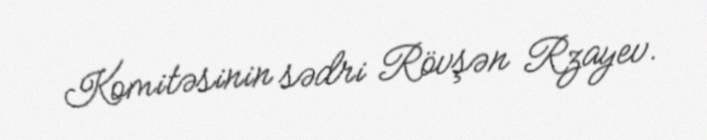
Komitəsinin sədri Rövşən Rzayev.